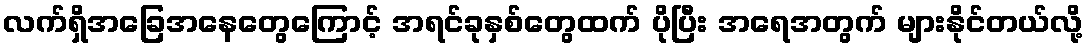
လက်ရှိအခြေအနေတွေကြောင့် အရင်ခုနှစ်တွေထက် ပိုပြီး အရေအတွက် များနိုင်တယ်လို့